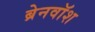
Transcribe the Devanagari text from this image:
ब्रेनवाॅश